Report on plague in the Punjab from October 1st ... to September 30th ..., being the ... season of plague in the province
Disease focus: Plague
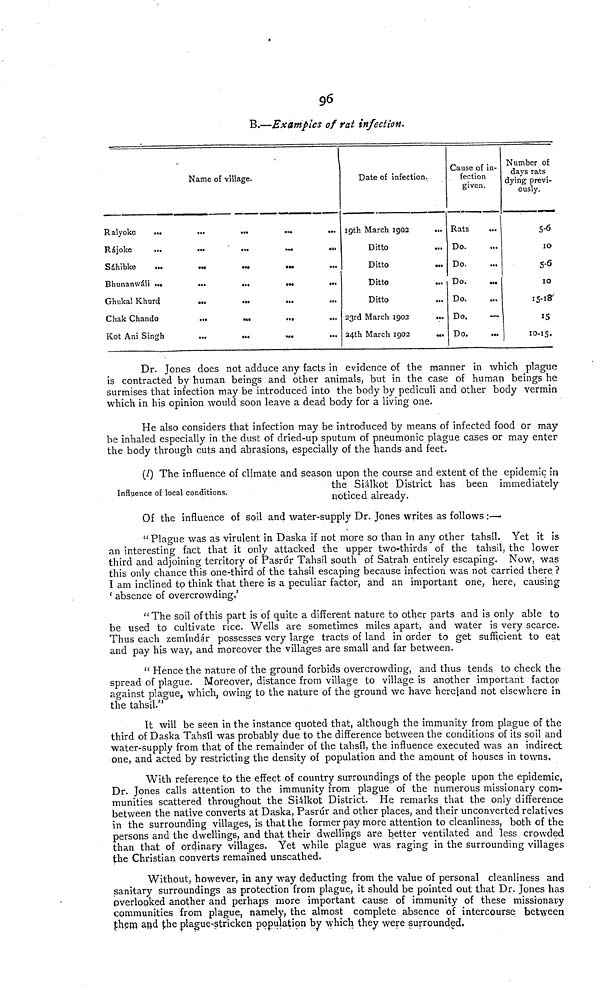
96
B.—Examples of rat infection.
Ralyoke
...
Rájoke
Sáhibke
Bhunanwáli ...
Ghukal Khurd
Chak Chando
Kot Ani Singh
Name of village.
...
...
...
...
...
...
...
...
...
...
...
...
...
...
... ...
...
Date of infection.
19th March 1902
Ditto
Ditto
Ditto
Ditto
23rd March 1902
...
24th March 1902
...
Cause of in-
fection
given.
Rats
Do.
Do.
Do.
Do.
Do.
—
Do.
Number of
days rats
dying previ-
ously.
5-6
5-6
10
15-18
15
10-15.
Dr. Jones does not adduce any facts in evidence of the manner in which plague
is contracted by human beings and other animals, but in the case of human beings he
surmises that infection may be introduced into the body by pediculi and other body vermin
which in his opinion would soon leave a dead body for a living one.
He also considers that infection may be introduced by means of infected food or may
be inhaled especially in the dust of dried-up sputum of pneumonic plague cases or may enter
the body through cuts and abrasions, especially of the hands and feet".
Influence of local conditions.
(l) The influence of climate and season upon the course and extent of the epidemic in
the Siálkot District has been immediately
noticed already.
Of the influence of soil and water-supply Dr. Jones writes as follows :—•
" Plague was as virulent in Daska if not more so than in any other tahsil. Yet it is
an interesting fact that it only attacked the upper two-thirds of the tahsil, the lower
third and adjoining territory of Pasrur Tahsil south of Satrah entirely escaping. Now, was
this only chance this one-third of the tahsil escaping because infection was not carried there ?
I am inclined to think that there is a peculiar factor, and an important one, here, causing
' absence of overcrowding,'
"The soil of this part is of quite a different nature to other parts and is only able to
be used to cultivate rice. Wells are sometimes miles apart, and water is very scarce.
Thus each zemindar possesses very large tracts of land in order to get sufficient to eat
and pay his way, and moreover the villages are small and far between.
" Hence the nature of the ground forbids overcrowding, and thus tends to check the
spread of plague. Moreover, distance from village to village is another important factor
against plague, which, owing to the nature of the ground we have here and not elsewhere in
the tahsil."
It will be seen in the instance quoted that, although the immunity from plague of the
third of Daska Tahsil was probably due to the difference between the conditions of its soil and
water-supply from that of the remainder of the tahsil, the influence executed was an indirect
one, and acted by restricting the density of population and the amount of houses in towns.
With reference to the effect of country surroundings of the people upon the epidemic,
Dr. Jones calls attention to the immunity from plague of the numerous missionary com-
munities scattered throughout the Siálkot District. He remarks that the only difference
between the native converts at Daska, Pasrdr and other places, and their unconverted relatives
in the surrounding villages, is that the former pay more attention to cleanliness, both of the
persons and the dwellings, and that their dwellings are better ventilated and less crowded
than that of ordinary villages. Yet while plague was raging in the surrounding villages
the Christian converts remained unscathed.
Without, however, in any way deducting from the value of personal cleanliness and
sanitary surroundings as protection from plague, it should be pointed out that Dr. Jones has
overlooked another and perhaps more important cause of immunity of these missionany
communities from plague, namely, the. almost complete absence of intercourse between
them and the plague-stricken population by which they were surrounded.